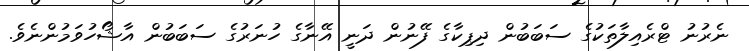
ނެރުނު ޓްރެއިލާތަކުގެ ސަބަބުން ދިޕިކާގެ ފޭނުން ދަނީ އޭނާގެ ހުނަރުގެ ސަބަބުން އާޝޯހުވަމުންނެވެ.